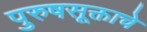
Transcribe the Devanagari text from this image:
पुरुषसूक्ताचे